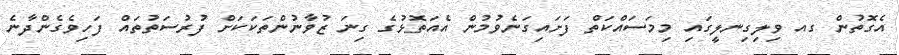
އެގޮތުން ގއ ވިލިގިނލީގައި މިމަސައްކަތް ފަށައިގަނެވުމުން އެއަތޮޅުގެ ގިނަ ޒުވާނުންތަކަކަށް ފުރުސަތުތައް ފަހިވެގެންދާނެ